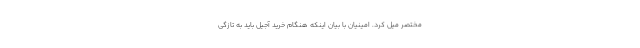
مختصر میل کرد. امینیان با بیان اینکه هنگام خرید آجیل باید به تازگی